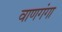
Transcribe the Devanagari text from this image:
वाणगंगा